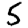
Digit: 5